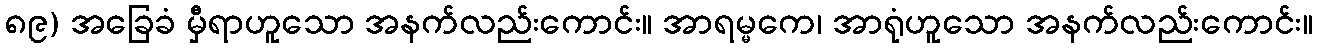
၈၉) အခြေခံ မှီရာဟူသော အနက်လည်းကောင်း။ အာရမ္မကေ၊ အာရုံဟူသော အနက်လည်းကောင်း။